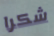
شكرا